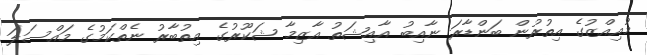
މުއިއްޒުގެ އިތުރުން ބަންޑާރަ ނާއިބު އާއިޝަތު އާޒިމާ ޝަކޫރުގެ އިތުބާރު ނެތްކަމުގެ މައްސަލަ